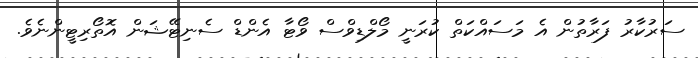
ސަރުކާރު ފަރާތުން އެ މަސައްކަތް ކުރަނީ މޯލްޑިވްސް ވޯޓާ އެންޑް ސެނިޓޭޝަން އޮތޯރިޓީންނެވެ.